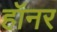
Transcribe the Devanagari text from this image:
हॉनर